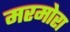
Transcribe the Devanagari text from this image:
मरमोरा